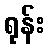
ရုန်း